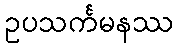
ဥပသင်္ကမနဿ